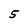
Character: 5